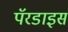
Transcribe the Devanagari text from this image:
पॅरडाइस